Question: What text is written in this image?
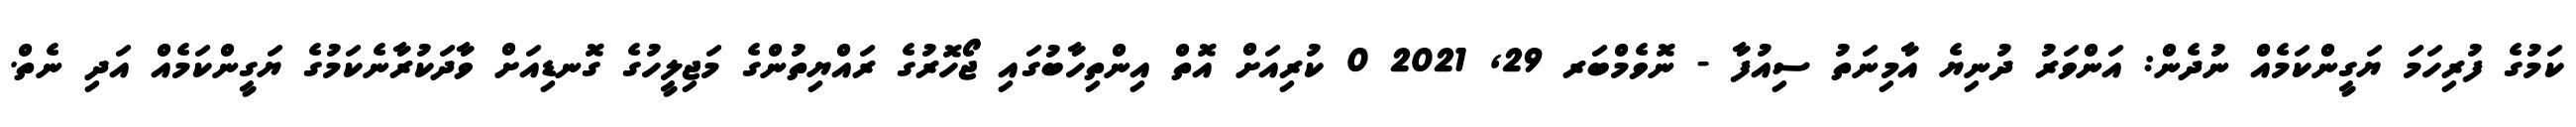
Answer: ކަމުގެ ފުރިހަމަ ޔަގީންކަމެއް ނުދެން: އަންވަރު ދުނިޔެ އާމިނަތު ސިއުފާ - ނޮވެމްބަރ 29, 2021 0 ކުރިއަށް އޮތް އިންތިހާބުގައި ޖޯހޮރުގެ ރައްޔިތުންގެ މަޖިލީހުގެ ގޮނޑިއަށް ވާދަކުރާނެކަމުގެ ޔަގީންކަމެއް އަދި ނެތް.